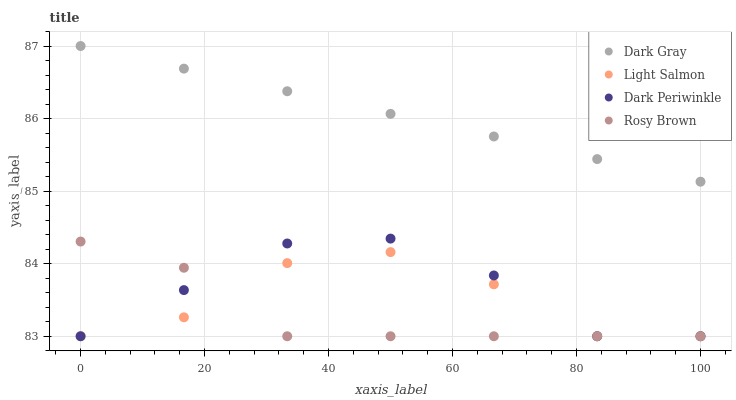
| xaxis_label | Dark Gray | Light Salmon | Dark Periwinkle | Rosy Brown |
 | --- | --- | --- | --- | --- |
 | 0 | 87 | 83 | 83 | 84.3 |
 | 16.7 | 86.7 | 83.3 | 83.6 | 83.9 |
 | 33.3 | 86.4 | 84 | 84.3 | 83 |
 | 50 | 86.1 | 84.2 | 84.3 | 83 |
 | 66.7 | 85.8 | 83.7 | 83.8 | 83 |
 | 83.3 | 85.4 | 83 | 83 | 83 |
 | 100 | 85.1 | 83 | 83 | 83 |